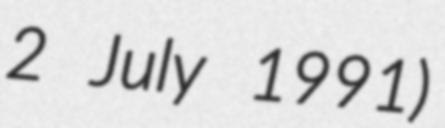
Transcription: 2 July 1991)